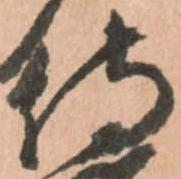
侍